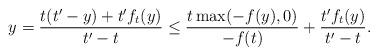
LaTeX: \begin{align*} y = \frac{t (t' - y) + t' f_t (y)}{t' - t} \leq \frac{t \max ( - f ( y ) , 0 )}{- f ( t )} + \frac{t' f_t ( y )}{t' - t}. \end{align*}